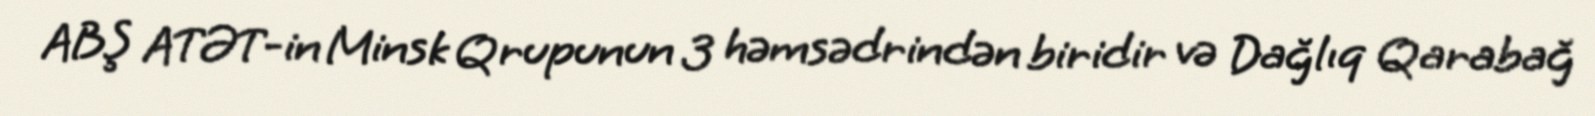
ABŞ ATƏT-in Minsk Qrupunun 3 həmsədrindən biridir və Dağlıq Qarabağ